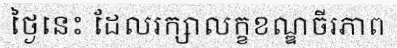
ថ្ងៃនេះ ដែលរក្សាលក្ខខណ្ឌចីរភាព